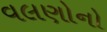
વલણોનો